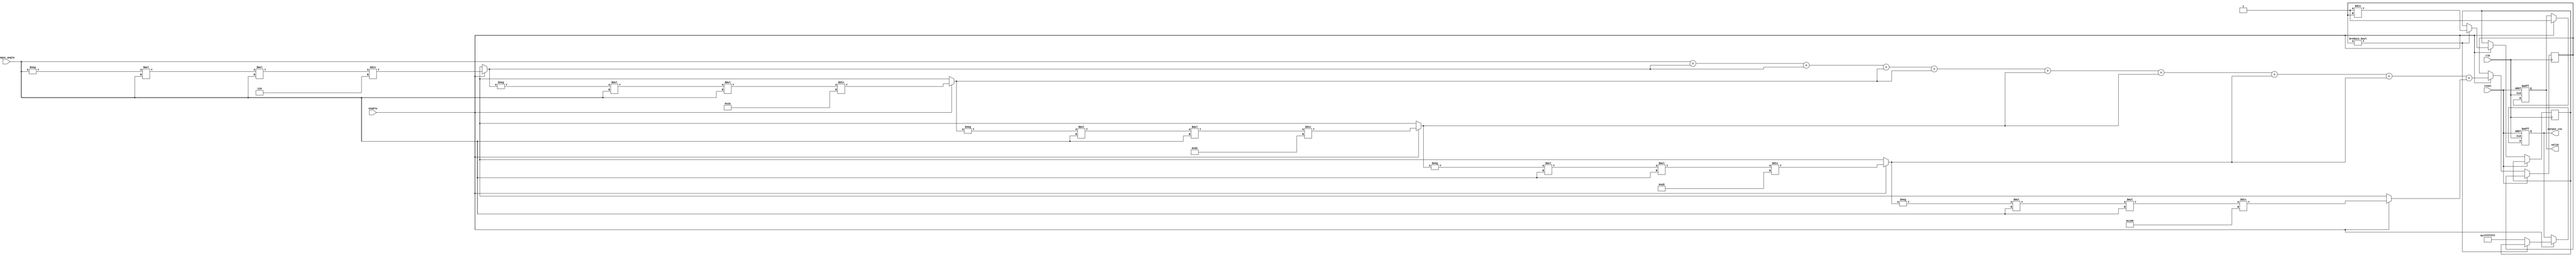
module csc_arithmetic_block (
    input wire clk,
    input wire reset,
    input wire enable,
    input wire signed [31:0] input_angle, // Fixed-point input angle in radians
    output reg signed [31:0] output_csc,   // Fixed-point output cosecant value
    output reg valid                        // Output valid signal
);

    // Internal signals
    reg signed [31:0] sine_value;
    reg signed [31:0] reciprocal;
    reg valid_sine;

    // Taylor series coefficients for sine approximation
    parameter signed [31:0] PI = 32'h3243F6A8; //  in fixed-point representation
    parameter signed [31:0] PI_OVER_180 = 32'h00000001; // /180 for degree conversion
    parameter signed [31:0] THREE_PI_OVER_2 = 32'hFFFFFFF0; // 3/2 in fixed-point
    parameter signed [31:0] TWO_PI = 32'h00000000; // 2 in fixed-point

    // Sine approximation using Taylor series
    function signed [31:0] sin_taylor(input signed [31:0] angle);
        reg signed [31:0] term;
        reg signed [31:0] result;
        integer i;
        begin
            result = angle; // First term: x
            term = angle; // Initialize term
            for (i = 1; i < 10; i = i + 1) begin
                if (i % 2 == 1) 
                    term = -term * angle * angle / (32'h00000001 * (2*i) * (2*i + 1)); // (-1)^i * x^(2i+1)/(2i+1)!
                result = result + term;
            end
            sin_taylor = result;
        end
    endfunction

    // Compute cosecant
    always @(posedge clk or posedge reset) begin
        if (reset) begin
            output_csc <= 32'h00000000; // Reset output
            valid <= 1'b0;
        end else if (enable) begin
            valid <= 1'b1; // Mark output as valid
            sine_value <= sin_taylor(input_angle); // Calculate sine value

            // Check for zero sine value to avoid division by zero
            if (sine_value != 32'h00000000) begin
                reciprocal <= 32'h00000001 / sine_value; // Compute reciprocal
                output_csc <= reciprocal; // Output cosecant
            end else begin
                output_csc <= 32'h7FFFFFFF; // Output infinity or error signal
            end
        end
    end

endmodule